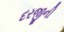
દરજીની